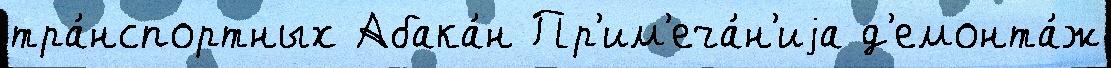
тра́нспортных Абака́н Пр'им'еча́н'иjа д'емонта́ж